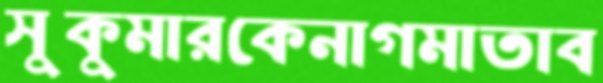
সুকুমারকেনাগমাতাব